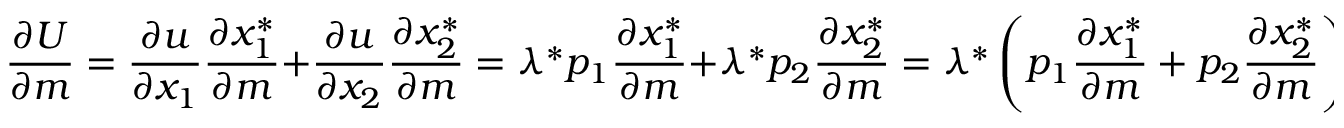
\, \! { \frac { \partial U } { \partial m } } = { \frac { \partial u } { \partial x _ { 1 } } } { \frac { \partial x _ { 1 } ^ { * } } { \partial m } } + { \frac { \partial u } { \partial x _ { 2 } } } { \frac { \partial x _ { 2 } ^ { * } } { \partial m } } = \lambda ^ { * } p _ { 1 } { \frac { \partial x _ { 1 } ^ { * } } { \partial m } } + \lambda ^ { * } p _ { 2 } { \frac { \partial x _ { 2 } ^ { * } } { \partial m } } = \lambda ^ { * } \left( p _ { 1 } { \frac { \partial x _ { 1 } ^ { * } } { \partial m } } + p _ { 2 } { \frac { \partial x _ { 2 } ^ { * } } { \partial m } } \right) = \lambda ^ { * } { \frac { \partial E } { \partial m } } .